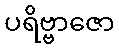
ပရိဗ္ဗာဇော